Cholera in India, 1862 to 1881
Year: 1862
Disease focus: Cholera
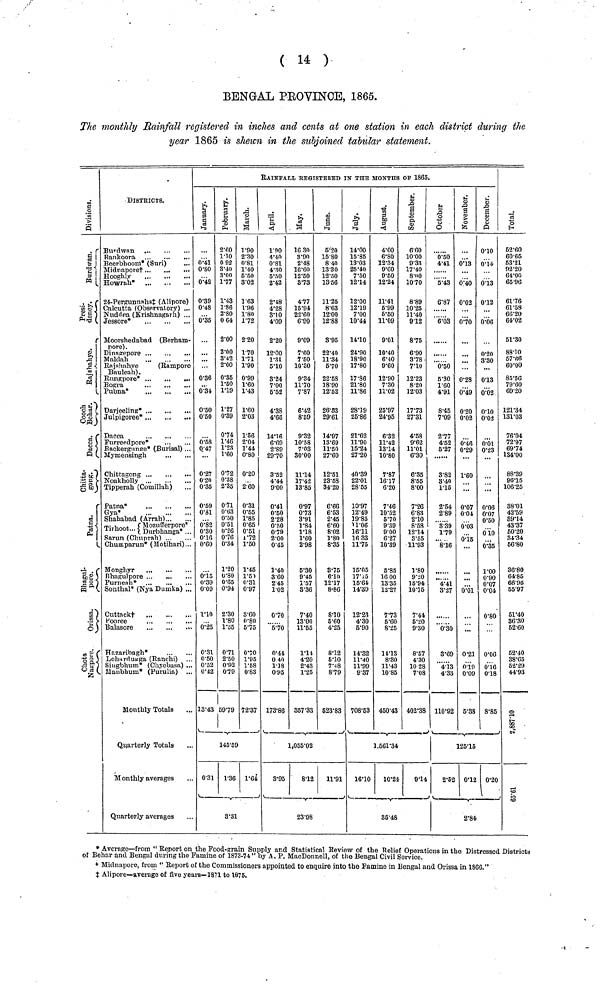
( 14 )
BENGAL PEOVINOE, 1865.
The monthly Rainfall registered in inches and cents at one station in each district during the
year 1865 is shewn in the subjoined tabular statement.
Divisions.
Burdwan.
Presidency.
Rajshahye.
Cooch Behar.
Dacca.
Chittagong.
Patna.
Bhagulpore.
Orissa.
Chota Nagpore.
DISTRICTS.
Burdwan
ßankoora
Beerbhoom* (Suri)
...
Midnapore†
Howrah*
24-Pergunuahst (Alipore)
Calcutta (Observatory) ...
Nuddea (Krishnagarh) ...
Jessore*
Moorshedabad (Berham-
pore).
Dinagepore
Maldali
Rajshahye
(Rampore
Bauleah) .
Rungpore*
Bogra
Pubna*
Darjeeling*
,
Julpigoree*
Dacca
Furreedpore*
Backergunire* (Burisal) ...
Mymensingh
Chittagong
Noakholly
Tipperah' (Comillah )
Patna*
Gya*
Shahabad (Arrah)
Mozufferpore*
Tirhoot
Durbhanga*...
Sarun (Chuprah)
Chumparun* (Motihari)...
Monghyr
Bhagulpore
Purneah*
Sonthal* (Nya Dumka) ...
Cuttnck †
Pooree
Balasore
Hazaribagh*
Loharrtugga (Ranchi)
Singbhum* (Chyebasa) ...
Maubhum* (Purulia)
Monthly Totals
Quarterly Totals
Monthly averages
Quarterly averages
RAINFALL RΕGΙSΤΕrΕD IN THE MONTHS OF 1865.
Januwary.
0.41
0.80
0.42
0.39
0.48
0.35
0·36
0.31
0.50
0.50
0.58
0.47
0.27
0.20
0.35
0.59
0.31
0.82
0.30
0.16
0.16
0.15
0.39
0.09
1.10
0.25
0.31
0.50
0.52
0.42
13.43
Februwary.
2.60
1.10
0 92
3.40
3.00
1.77
1.43
1.86
2.80
0 64
2.00
2.00
3.42
2.00
0.35
1.50
1.19
1.27
0·39
0.74
1.46
1.23
1.60
0.72
0.38
2.35
0.71
0.03
0.50
0.51
0.26
0.76
0.34
1.20
0.80
0.65
0.94
2.30
1.80
1.35
0.71
2.50
0.92
0.79
69.79
March.
1.90
2.30
0.81
1.40
5.50
3.02
1.63
1.96
1.80
1.72
2·20
1·70
1.71
1.90
0.99
1.60
1.43
1.60
2.03
1.56
2.04
1.44
0.80
0.20
2.60
0.31
0.55
1.85
0.65
0.51
1.72
1.50
1.45
1.50
0.31
0.97
3.60
0.80
5.75
0.70
1.95
1.58
0.83
72·37
145.59
0.31
1.36 1.64
3.31
April.
4.40
0.81
4.30
5·50
2.42
2.48
4.28
3.10
4.09
2.20
12.00
1.31
5.10
3.24
7.00
6.52
4.38
4.66
14.16
6.69
2.89
29.70
3.52
4.44
9.00
0.41
0.50
2.28
0.50
0.79
2.00
0.45
1.40
3.60
2.45
1.02
0.70
5.70
0.44
0 40
1.18
0.95
173.86
May.
16 30
3.90
2.48
16.60
12.50
8.73
4.77
15.94
22.60
6.90
9.09
7.60
7.50
10.30
9.34
11.70
7.87
6.42
8.59
9.32
10.58
7.03
30.00
11.14
17.42
13.85
0.97
0.73
3.91
1.84
1.18
1.60
2.98
6.30
9 .45
1.57
3.36
7.40
13.00
11.55
1.14
4.20
2.43
1.25
357.33
June.
5.20
15.80
8.40
13.30
12.50
13.56
11.25
8.63
12.00
12.88
3.95
22.40
11.34
5.70
22.58
18.90
12.52
26.03
29.61
14.97
13.69
11.50
27.60
12.51
23.58
34.20
6.66
6.53
2.45
6.60
8.02
1.80
8.35
3.75
6.10
12.17
8.86
8.10
6.60
4.25
8.12
5.10
7.48
8.79
523.83
1,055.02
3.95
8.12
11.91
23.98
July.
14.00
15.85
13.03
25.40
7.50
12.14
12.00
12.19
7.00
10.44
14.10
24.90
18.90
17.80
17.86
21.80
11.86
28.19
25.86
21.62
11.90
15.24
27.20
40.39
22.01
28.55
10.97
12.49
19.85
11.06
16.11
16 33
11.75
15.05
17.15
15.64
14.39
12.23
4.30
5.90
14.32
11.40
11.99
9.37
708.53
August.
4.00
6.80
12.34
9.60
9.50
12.24
11.41
5.99
5.50
11.09
9.01
10.40
6.40
9.60
12.90
7.30
11.02
25.97
24.95
6.32
11.42
13.14
10.80
7.87
16.17
6.20
7.46
10.52
5.70
9.39
9.00
6.27
10.39
5.85
16 00
13.35
12.27
7.73
5.60
8.25
11.13
8.80
11.43
10.85
450.43
September.
6·60
10.00
9.33
17.40
8.00
10.70
8.89
10.25
11.40
9.12
8.75
6.90
3.78
7.10
12.23
8.20
12.03
17.73
27.31
4.58
9.62
11.01
6.30
6.35
8.55
8.00
7.26
6.83
2.10
8.58
12.14
3.55
11.93
1.80
9.20
15.94
10.75
7.41
5.20
9.30
8.57
4.30
10 28
7.08
402.38
1. 561.34
16.10
10.24
9.14
85.48
October.
0.50
4.41
5.43
6.87
6.03
0.50
5.30
1.60
4.91
8.45
7.09
2.77
4.52
5.27
3.82
3.40
1.15
2.54
2.89
8.39
1.79
8.16
4.41
3.27
0.30
3.69
4.13
4.33
110.92
November.
0.13
0.40
0.02
0.70
0.28
0.49
0.20
0.02
0.46
0.29
1.60
0.07
0.04
0.03
0.15
0.01
...
0.21
0.19
0.09
5.38
December.
0.10
0.14
0.13
0.12
0.06
0.20
3.30
0.13
0.02
0.10
0.02
0.01
0.23
0.06
0.07
0.50
0.10
0.35
1.00
0.90
0.07
0.04
0.80
0.16
0.18
8.85
125.15
2.52 0.12
0.20
2.84
Total.
62.60
60.65
53.21
92.20
64.00
65.96
61.76
61.58
66.20
64.02
51.30
88.10
57.66
60.00
85.56
79.60
69.20
121.34
131.03
76.04
72.97
69.74
134.00
88.39
96.15
106.25
38.01
42.59
89.14
43.37
60.20
34.34
66.80
36.80
64.85
66.95
55.97
51.40
86.30
62.60
62.40
38.65
62.29
44.93
2,887.10
* Average—from " Report on the Food-grain Supply and Statistical Review of the Relief Operations in the Distressed Districts
of Behar and Bengal during the Famine of 1873-74" by A. P. MacDonnell, of the Bengal Civil Service.
+ Midnapore, from " Report of the Commissioners appointed to enquire into the Famine in Bengal and Orissa in 1866."
‡ Alipore—average of five years—1871 to 1875.